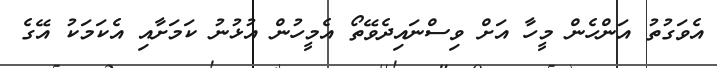
އެވަގުތު އަންހެން މީހާ އަށް ވިސްނައިދެވޭތޯ އެމީހުން އުޅުނު ކަމަށާއި އެކަމަކު އޭގެ